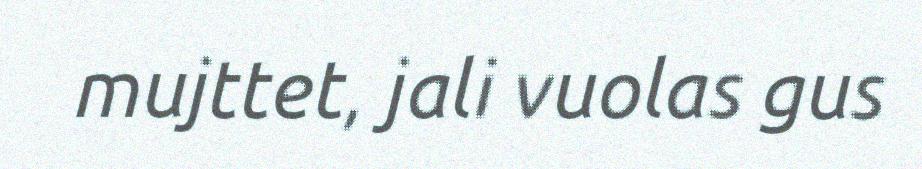
mujttet, jali vuolas gus